Vabadussoja_Ajaloo_Komitee, lk 15
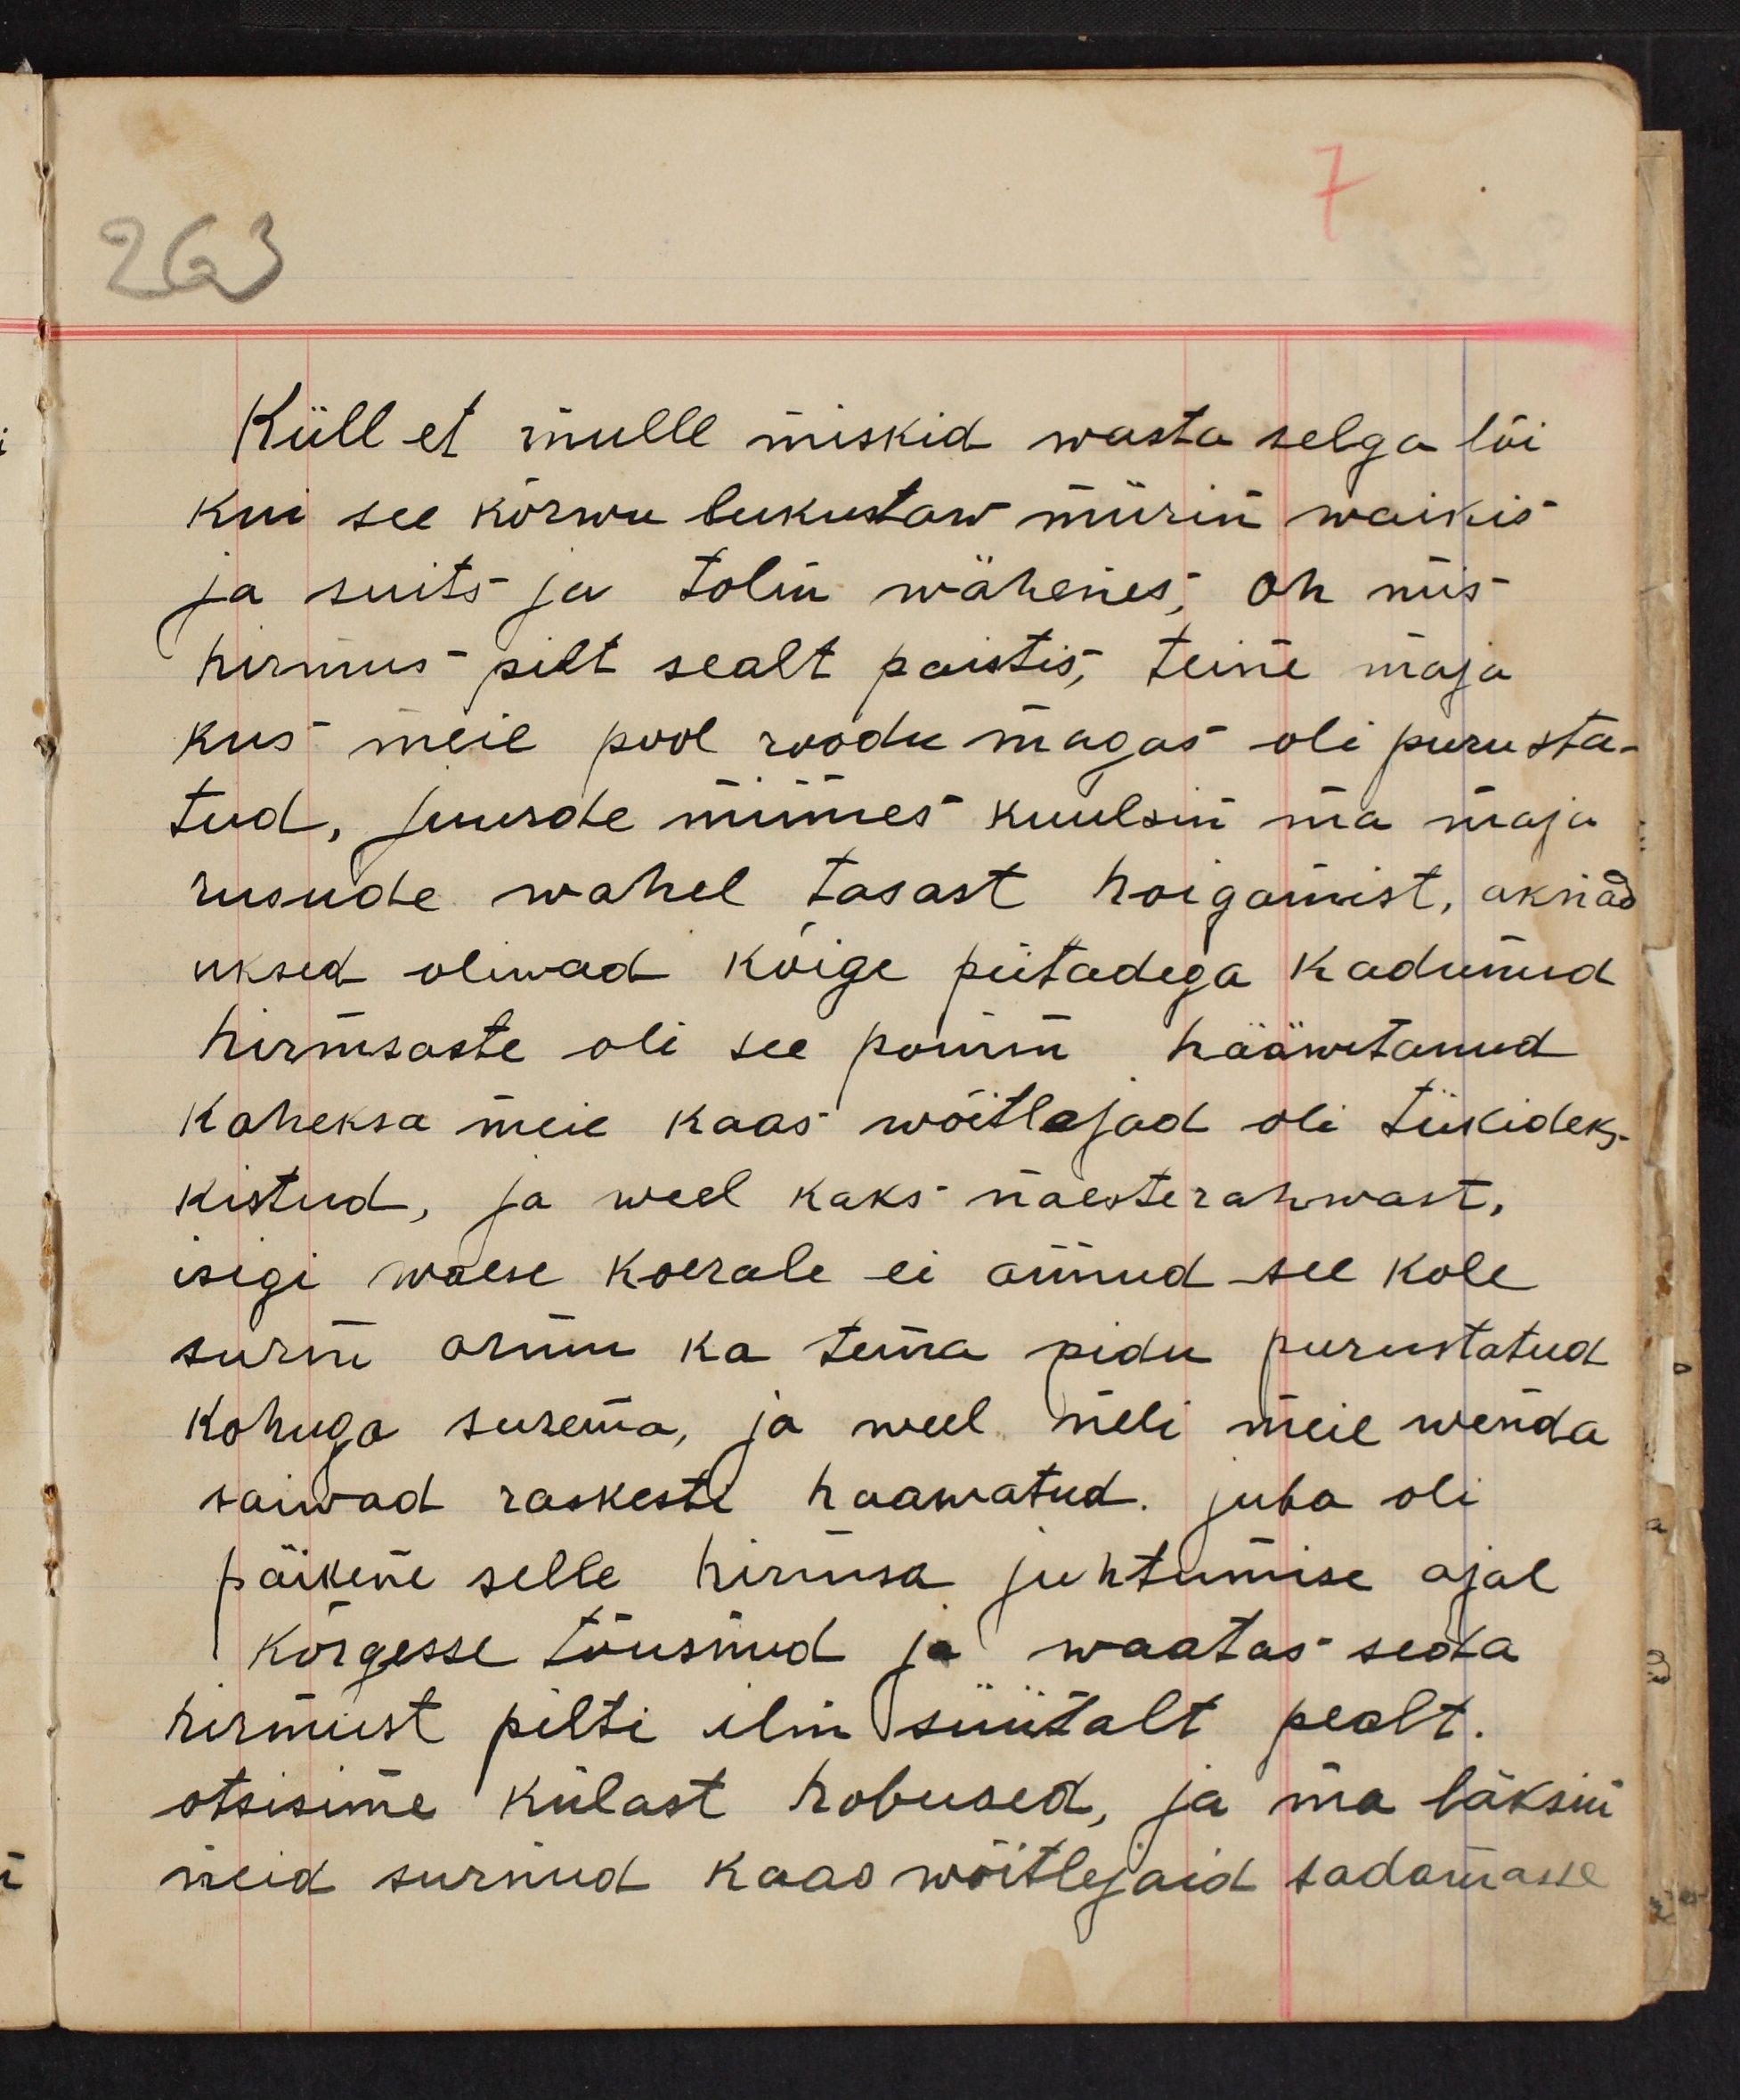
Küll et mulle miskid wasta selga lõi
kui see kõrwu lukustaw mürin waikis
ja suits ja tolm wähenes; oh mis
hirmus pilt sealt paistis; teine maja
kus meie pool roodu magas oli purusta-
tud, juurde minnes kuulsin ma maja
rusude wahel tasast hoigamist, aknad
uksed oliwad kõige piitadega kadunud
hirmsaste oli see pomm hääwitanud
kaheksa meie kaas wõitlejad oli tükideks
kistud, ja weel kaks naesterahwast,
isigi waese koerale ei annud see kole
surm armu ka tema pidi purustatud
kohugo surema, ja weel neli meie wenda
saiwad raskeste haawatud. juba oli
päikene selle hirmsa juhtumise ajal
kõrgesse tõusnud ja waatas seda
hirmust pilti ilm süütalt pealt.
otsisime külast hobused, ja ma läksin
neid surnud kaaswõitlejaid sadamasse